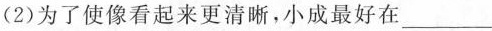
(2)为了使像看起来更清晰，小成最好在___